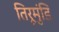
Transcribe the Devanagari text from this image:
तिरूमुंडि